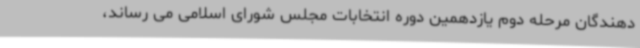
دهندگان مرحله دوم یازدهمین دوره انتخابات مجلس شورای اسلامی می رساند،